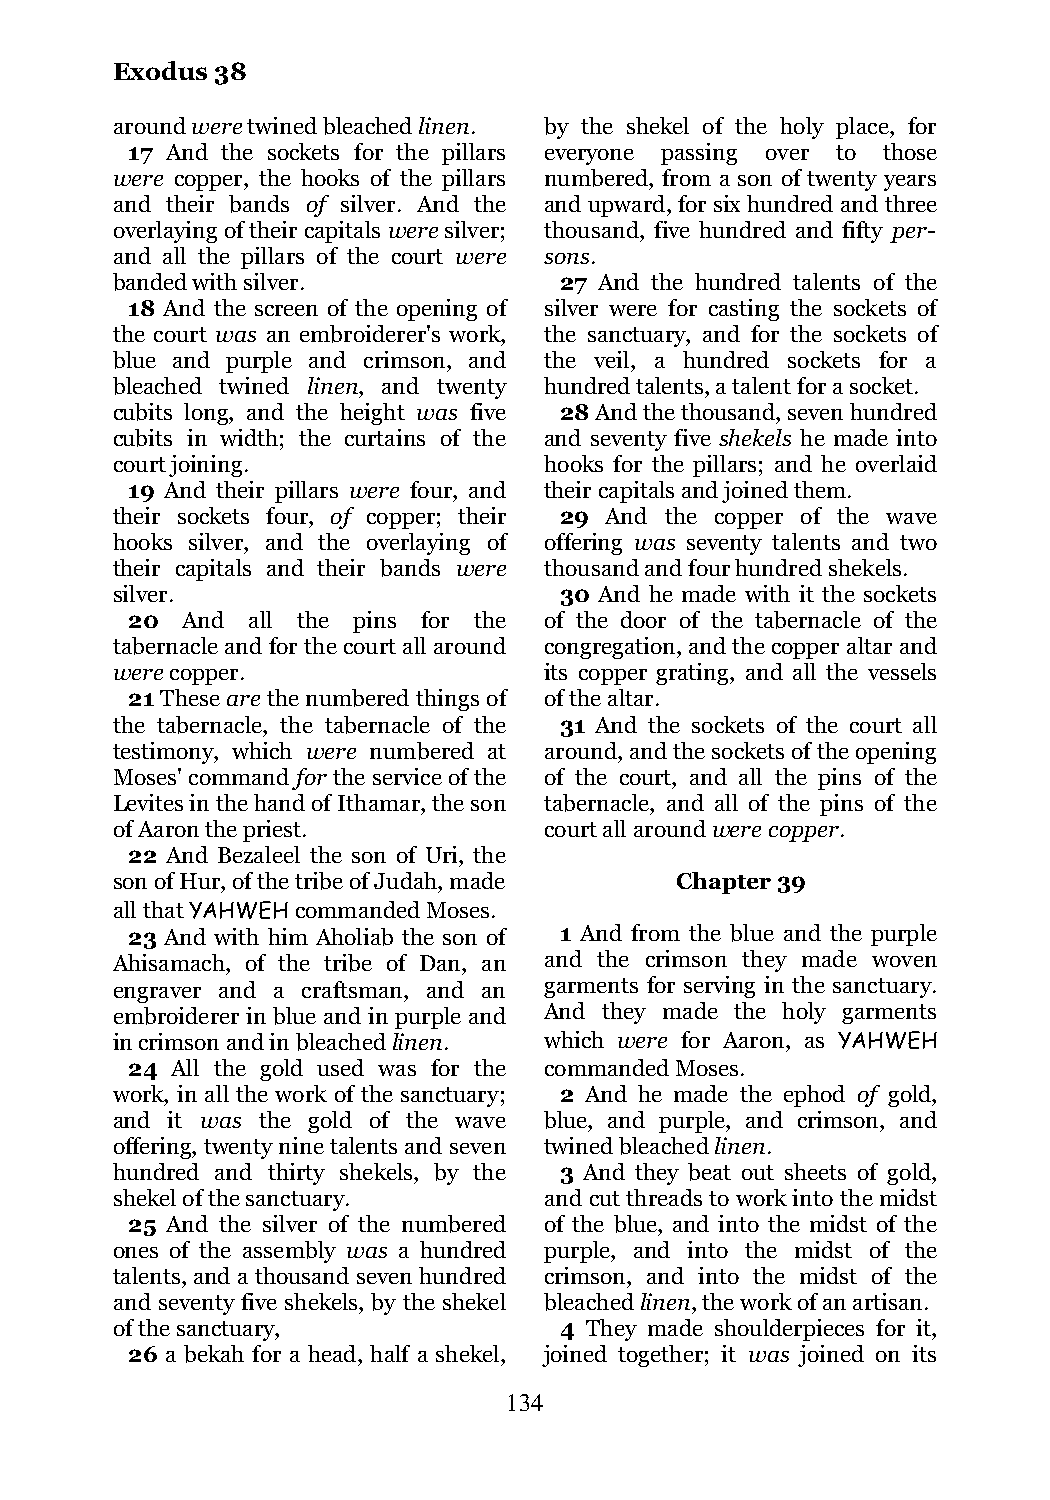
Exodus 38
 around were twined bleached linen. by the shekel of the holy place, for
 17 And the sockets for the pillars everyone passing over to those
 were copper, the hooks of the pillars numbered, from a son of twenty years
 and their bands of silver. And the and upward, for six hundred and three
 overlaying of their capitals were silver; thousand, five hundred and fifty per-
 and all the pillars of the court were sons.
 banded with silver.           27 And the hundred talents of the
 18 And the screen of the opening of silver were for casting the sockets of
 the court was an embroiderer's work, the sanctuary, and for the sockets of
 blue and purple and crimson, and the veil, a hundred sockets for a
 bleached twined linen, and twenty hundred talents, a talent for a socket.
 cubits long, and the height was five 28 And the thousand, seven hundred
 cubits in width; the curtains of the and seventy five shekels he made into
 court joining.               hooks for the pillars; and he overlaid
 19 And their pillars were four, and their capitals and joined them.
 their sockets four, of copper; their 29 And the copper of the wave
 hooks silver, and the overlaying of offering was seventy talents and two
 their capitals and their bands were thousand and four hundred shekels.
 silver.                       30 And he made with it the sockets
 20  And all the pins for the of the door of the tabernacle of the
 tabernacle and for the court all around congregation, and the copper altar and
 were copper.                 its copper grating, and all the vessels
 21 These are the numbered things of of the altar.
 the tabernacle, the tabernacle of the 31 And the sockets of the court all
 testimony, which were numbered at around, and the sockets of the opening
 Moses' command for the service of the of the court, and all the pins of the
 Levites in the hand of Ithamar, the son tabernacle, and all of the pins of the
 of Aaron the priest.         court all around were copper.
 22 And Bezaleel the son of Uri, the
 son of Hur, of the tribe of Judah, made Chapter 39
 all that YAHWEH commanded Moses.
 23 And with him Aholiab the son of 1 And from the blue and the purple
 Ahisamach, of the tribe of Dan, an and the crimson they made woven
 engraver and a craftsman, and an garments for serving in the sanctuary.
 embroiderer in blue and in purple and And they made the holy garments
 in crimson and in bleached linen. which were for Aaron, as YAHWEH
 24 All the gold used was for the commanded Moses.
 work, in all the work of the sanctuary; 2 And he made the ephod of gold,
 and it was the gold of the wave blue, and purple, and crimson, and
 offering, twenty nine talents and seven twined bleached linen.
 hundred and thirty shekels, by the 3 And they beat out sheets of gold,
 shekel of the sanctuary.     and cut threads to work into the midst
 25 And the silver of the numbered of the blue, and into the midst of the
 ones of the assembly was a hundred purple, and into the midst of the
 talents, and a thousand seven hundred crimson, and into the midst of the
 and seventy five shekels, by the shekel bleached linen, the work of an artisan.
 of the sanctuary,             4 They made shoulderpieces for it,
 26 a bekah for a head, half a shekel, joined together; it was joined on its
 134